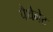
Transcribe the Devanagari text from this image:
पैथेनेट